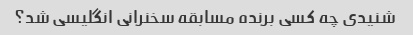
شنیدی چه کسی برنده مسابقه سخنرانی انگلیسی شد؟